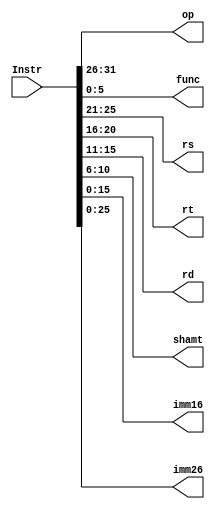
module SPLT (
        input [31: 0] Instr, //! Instruction
        output [31: 26] op, //! Opcode
        output [5: 0] func, //! Function
        output [25: 21] rs, //! Source Register 1
        output [20: 16] rt, //! Source Register 2
        output [15: 11] rd, //! Destination Register
        output [10: 6] shamt, //! Shift Amount
        output [15: 0] imm16, //! Immediate 16 bits
        output [25: 0] imm26 //! Immediate 26 bits
    );

    assign op = Instr[31 : 26];
    assign rs = Instr[25 : 21];
    assign rt = Instr[20 : 16];
    assign rd = Instr[15 : 11];
    assign shamt = Instr[10 : 6];
    assign func = Instr[5 : 0];
    assign imm16 = Instr[15 : 0];
    assign imm26 = Instr[25 : 0];

endmodule